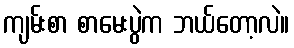
ကျမ်းစာ စာမေးပွဲက ဘယ်တော့လဲ။